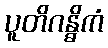
ပူတိဂန္ဓိကံ